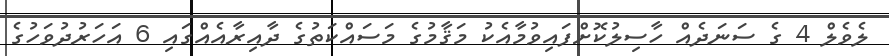
ލެވެލް 4 ގެ ސަނަދެއް ހާސިލުކޮށްފައިވުމާއެކު މަޤާމުގެ މަސައްކަތުގެ ދާއިރާއެއްގައި 6 އަހަރުދުވަހުގެ